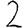
Digit: 2